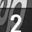
Digit: 2